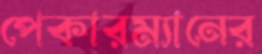
পেকারম্যানের